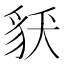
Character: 𧲶